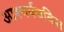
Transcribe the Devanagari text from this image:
आश्‍चर्यचकित